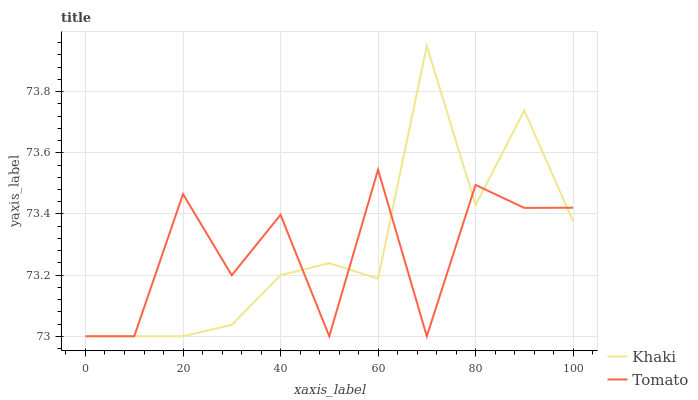
| xaxis_label | Khaki | Tomato |
 | --- | --- | --- |
 | 0 | 73 | 73 |
 | 10 | 73 | 73 |
 | 20 | 73 | 73.5 |
 | 30 | 73 | 73.2 |
 | 40 | 73.2 | 73.4 |
 | 50 | 73.2 | 73 |
 | 60 | 73.2 | 73.5 |
 | 70 | 73.9 | 73 |
 | 80 | 73.4 | 73.5 |
 | 90 | 73.7 | 73.4 |
 | 100 | 73.4 | 73.4 |